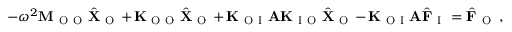
- \omega ^ { 2 } \mathbf { M } _ { \mathrm { ~ O ~ O ~ } } \hat { \mathbf { X } } _ { \mathrm { ~ O ~ } } + \mathbf { K } _ { \mathrm { ~ O ~ O ~ } } \hat { \mathbf { X } } _ { \mathrm { ~ O ~ } } + \mathbf { K } _ { \mathrm { ~ O ~ I ~ } } \mathbf { A } \mathbf { K } _ { \mathrm { ~ I ~ O ~ } } \hat { \mathbf { X } } _ { \mathrm { ~ O ~ } } - \mathbf { K } _ { \mathrm { ~ O ~ I ~ } } \mathbf { A } \hat { \mathbf { F } } _ { \mathrm { ~ I ~ } } = \hat { \mathbf { F } } _ { \mathrm { ~ O ~ } } \, ,